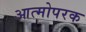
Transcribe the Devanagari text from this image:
आत्मोपरक